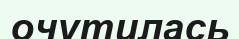
очутилась